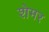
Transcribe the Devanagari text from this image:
शेमर